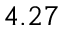
4 . 2 7